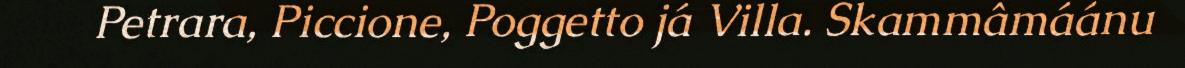
Petrara, Piccione, Poggetto já Villa. Skammâmáánu